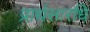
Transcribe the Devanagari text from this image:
प्रार्थसारधि